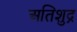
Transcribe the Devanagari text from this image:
अतिशुद्र